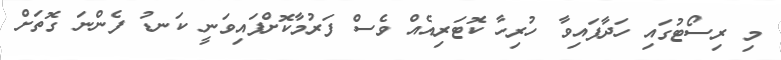
މި ރިސޯޓުގައި ހަދާފައިވާ ހުރިހާ ކޮޓަރިއެއް ވެސް ފަރުމާކޮށްފައިވަނީ ކަނޑު ފެންނަ ގޮތަށް